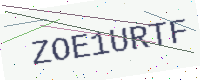
Text: ZOE1URTF